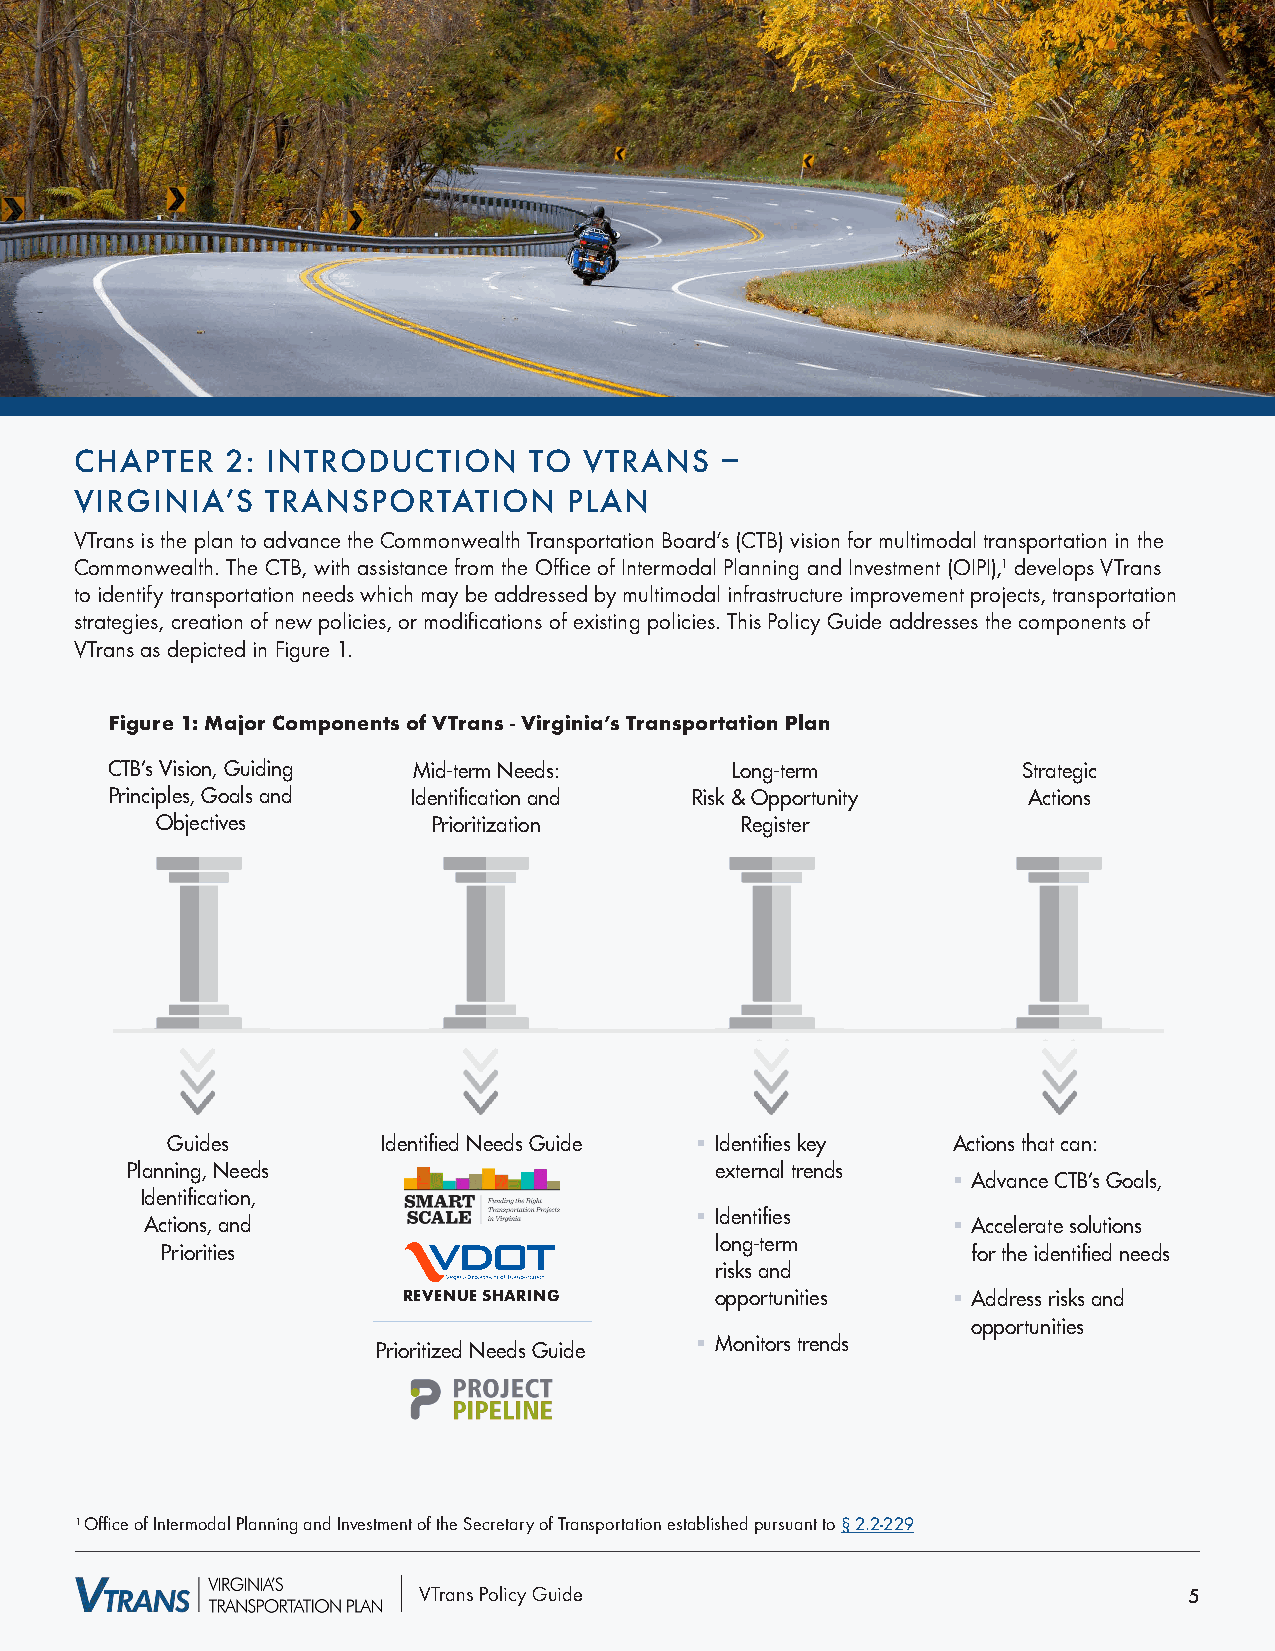
CHAPTER   2: INTRODUCTION     TO  VTRANS   –
 VIRGINIA’S   TRANSPORTATION      PLAN
 WHAT  IS VTRANS?
 VTrans is the plan to advance the Commonwealth Transportation Board’s (CTB) vision for multimodal transportation in the
 Commonwealth. The CTB, with assistance from the Office of Intermodal Planning and Investment (OIPI),1 develops VTrans
 to identify transportation needs which may be addressed by multimodal infrastructure improvement projects, transportation
 VsTtrraatengsi eiss, Vcirregaitnioian’ so fM neuwlt ipmoolicdieasl, S ourr mfaocdeifi Tcraatinosnps oorft eaxtiisotinn gP plaonli caiensd. Tinhicsl uPodleicsy fGouuird em aadjodrre csosems pthoen ceonmtpso.nents of
 VTrans as depicted in Figure 1.
 It is prepared for the Commonwealth Transportation Board (CTB) by the Office of Intermodal Planning and
 Investment (OIPI).
 Figure 1: Major Components of VTrans - Virginia’s Transportation Plan
 CTB’s Vision, Guiding Transportation    Long-term         Strategic Actions
 CTBPr’sin Vciipsiloesn,, GGoualisd ing NMeeidds-:t eIdrmen tNifieceadtiso:n Risk &Lo Onpgp-toerrtmun ity (RecoSmtrmaetengdiact i ons)
 Prinacnipdl eOsb, jeGcotiavelss and Iadnedn tPifiricoarittioizna taionnd Risk &R eOgipstpeorrtunity Actions
 Objectives         Prioritization      Register
 Identified Needs guide:
 IdG enu tid ife ics a P tGil oa nn u,n i dAin ecg st, i oN ne se , d as n d Identified NeeSt du sd Gies u, i dco enstruction § • IdeI nd te ifin eti sfi e ks e yke y external trend As ctions thaAt cctaionn:s that can:
 • Advance CTB’s Goals,
 PlanPnriinorgi,t ieNseeds              •ext Ie dr en na til
 f
 it ere
 s
 n lod ns
 g-term risks an§d Advance• CTABc’sc eGleoraatles, solutions for the
 Identification,         Studies , construction opportunities
 § Identifies             identified needs
 Actions, and Revenue Sharing                         § Accelerate solutions
 Prioritized Needs guide:                    • Address risks and opportunities
 Priorities                          •lonMg-otneirtmor s trends for the identified needs
 Studies
 risks and
 REVENUE SHARING     opportunities   § Address risks and
 opportunities
 § Monitors trends
 Prioritized Needs Guide
 1 Office of Intermodal Planning and Investment of the Secretary of Transportation established pursuant to § 2.2-229
 VTrans Policy Guide                                5